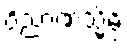
ဝိညာဏသ္မိမ္ပိ